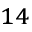
^ { 1 4 }